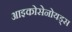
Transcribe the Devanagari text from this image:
आइकोसेनोयड्स